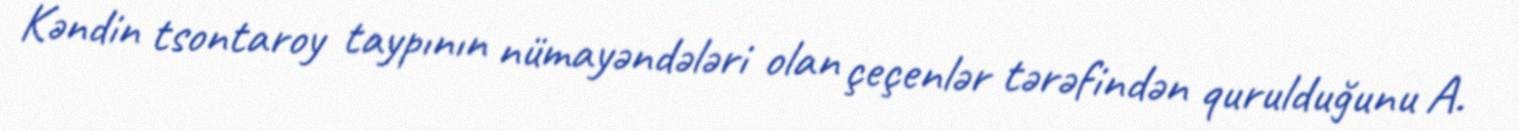
Kəndin tsontaroy taypının nümayəndələri olan çeçenlər tərəfindən qurulduğunu A.